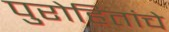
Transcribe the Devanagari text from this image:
पुरोहितांचे